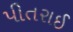
પીતરાઈ